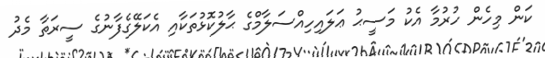
ކަން މިހެން ހުރުމާ އެކު މަސީޙު ޢަލައިހިއްސަލާމްގެ ޙާލުކޮޅުތަކާއި އެކަލޭގެފާނުގެ ސީރަތާ މެދު